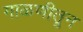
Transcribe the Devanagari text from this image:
गाळणीतून